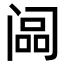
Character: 𬮳